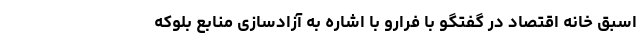
اسبق خانه اقتصاد در گفتگو با فرارو با اشاره به آزادسازی منابع بلوکه